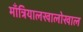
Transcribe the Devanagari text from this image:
माँत्रियालखालोखाल